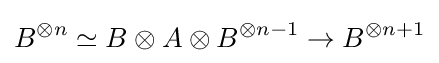
B^{\otimes n}\simeq B\otimes A\otimes B^{\otimes n-1}\to B^{\otimes {n+1}}